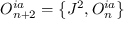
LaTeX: { \cal O } _ { n + 2 } ^ { i a } = \left\{ J ^ { 2 } , { \cal O } _ { n } ^ { i a } \right\}